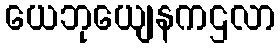
ယေဘုယျေနကဌလာ